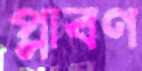
প্লাবণ